Report on plague and inoculation in the Punjab from October 1st ... to September 30th..., being the ... season of plague in the province
Disease focus: Plague
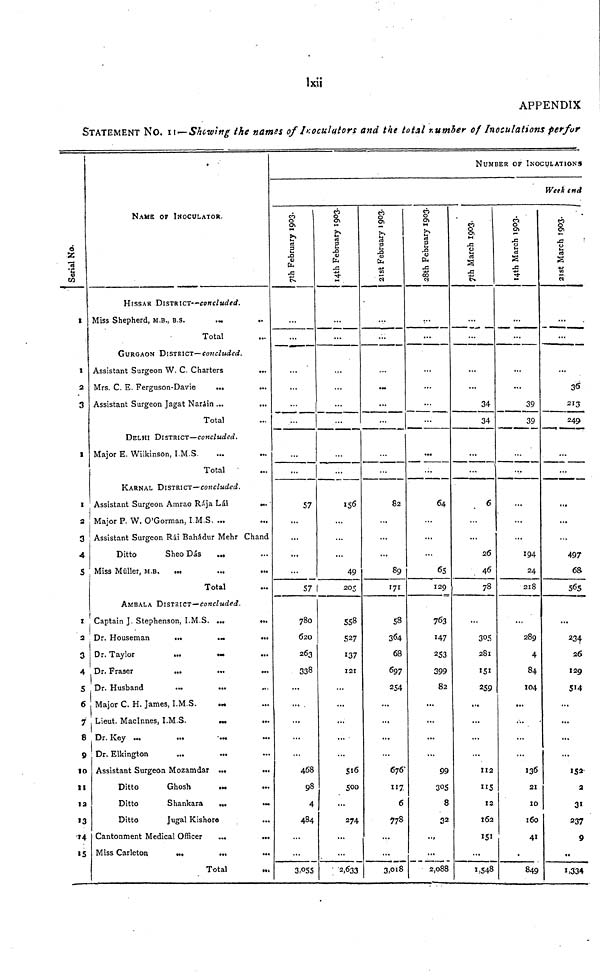
lxii
APPENDIX
STATEMENT NO. II—Shewing the names of Inoculutors and the total number of Inoculations perfor
ó
"S
CO
I
I
2
3
1
1
2
3
4
5
1
2
3
4
S
6
7
8
9
to
11
12
13
14
«5
NAME or INOCULATOR.
HISSAR DISTRICT—concluded.
Miss Shepherd, M.B., B.S.
...
..
Total
GURGAON DISTRICT— concluded.
Assistant Surgeon W. C. Charters
...
Mrs. C, E. Ferguson-Davie
...
Assistant Surgeon Jagat Naráin ...
Total
DELHI DISTRICT—concluded.
Major E. Wilkinson, I.M.S.
Total
KARNAL DISTRICT—concluded.
Assistant Surgeon Amrao Raja Lál
...
Major P. W. O'Gorman, I M.S. ...
Assistant Surgeon Rái Bahadur Mehr Chand
Ditto
Sheo Das
...
Miss Müller, M.B. ...
...
...
Total
AMBALA DISTRICT—concluded.
Captain J. Stephenson, I.M.S. ...
...
Dr. Houseman
...
...
...
Dr. Taylor
...
.
Dr. Fraser
...
...
...
Dr. Husband
...
...
Major C. H. James, I.M.S.
Lieut. Maclnnes, I.MS.
...
Dr. Key ...
Dr. Elkington
...
...
Assistant Surgeon Mozamdar ...
...
Ditto
Ghosh
Ditto
Shankara
...
.
Ditto
Jugal Kishoro
...
Cantonment Medical Officer
...
...
Miss Carleton
...
...
...
Total
NUMBER OF INOCULATION»
Week end
7th February 1993
...
...
...
...
...
...
...
57
...
...
57
780
620
263
338
...
...
...
...
468
98
4
484
...
...
3,055
14th February 1993
...
...
156
...
...
49
205
558
527
137
121
...
...
...
...
...
516
500
...
274
...
2.633
21th February 1993
...
82
...
...
89
171
58
364
68
697
254
...
...
...
...
676
"7.
6
778
...
...
3,018
28th February 1993
...
...
...
64
...
65
129
763
147
253
399
82
...
...
...
...
99
305
8
32
...
2,088
7th March 1993
...
...
34
34
...
6
...
26
46
78
...
305
281
151
259
...
...
...
112
115
X2
I62
...
1,548
14th March 19
...
...
39
39
...
...
...
194
24
218
289
4
84
104
...
...
136
21
10
160
41
•
849
21st M
. . .
. . .
. . .
213
249.
• •
...
...
497
68
565
...
234
26
129
514
...
...
...
...
152
2
31
237
9
1,334